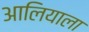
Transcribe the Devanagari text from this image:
आलियाला